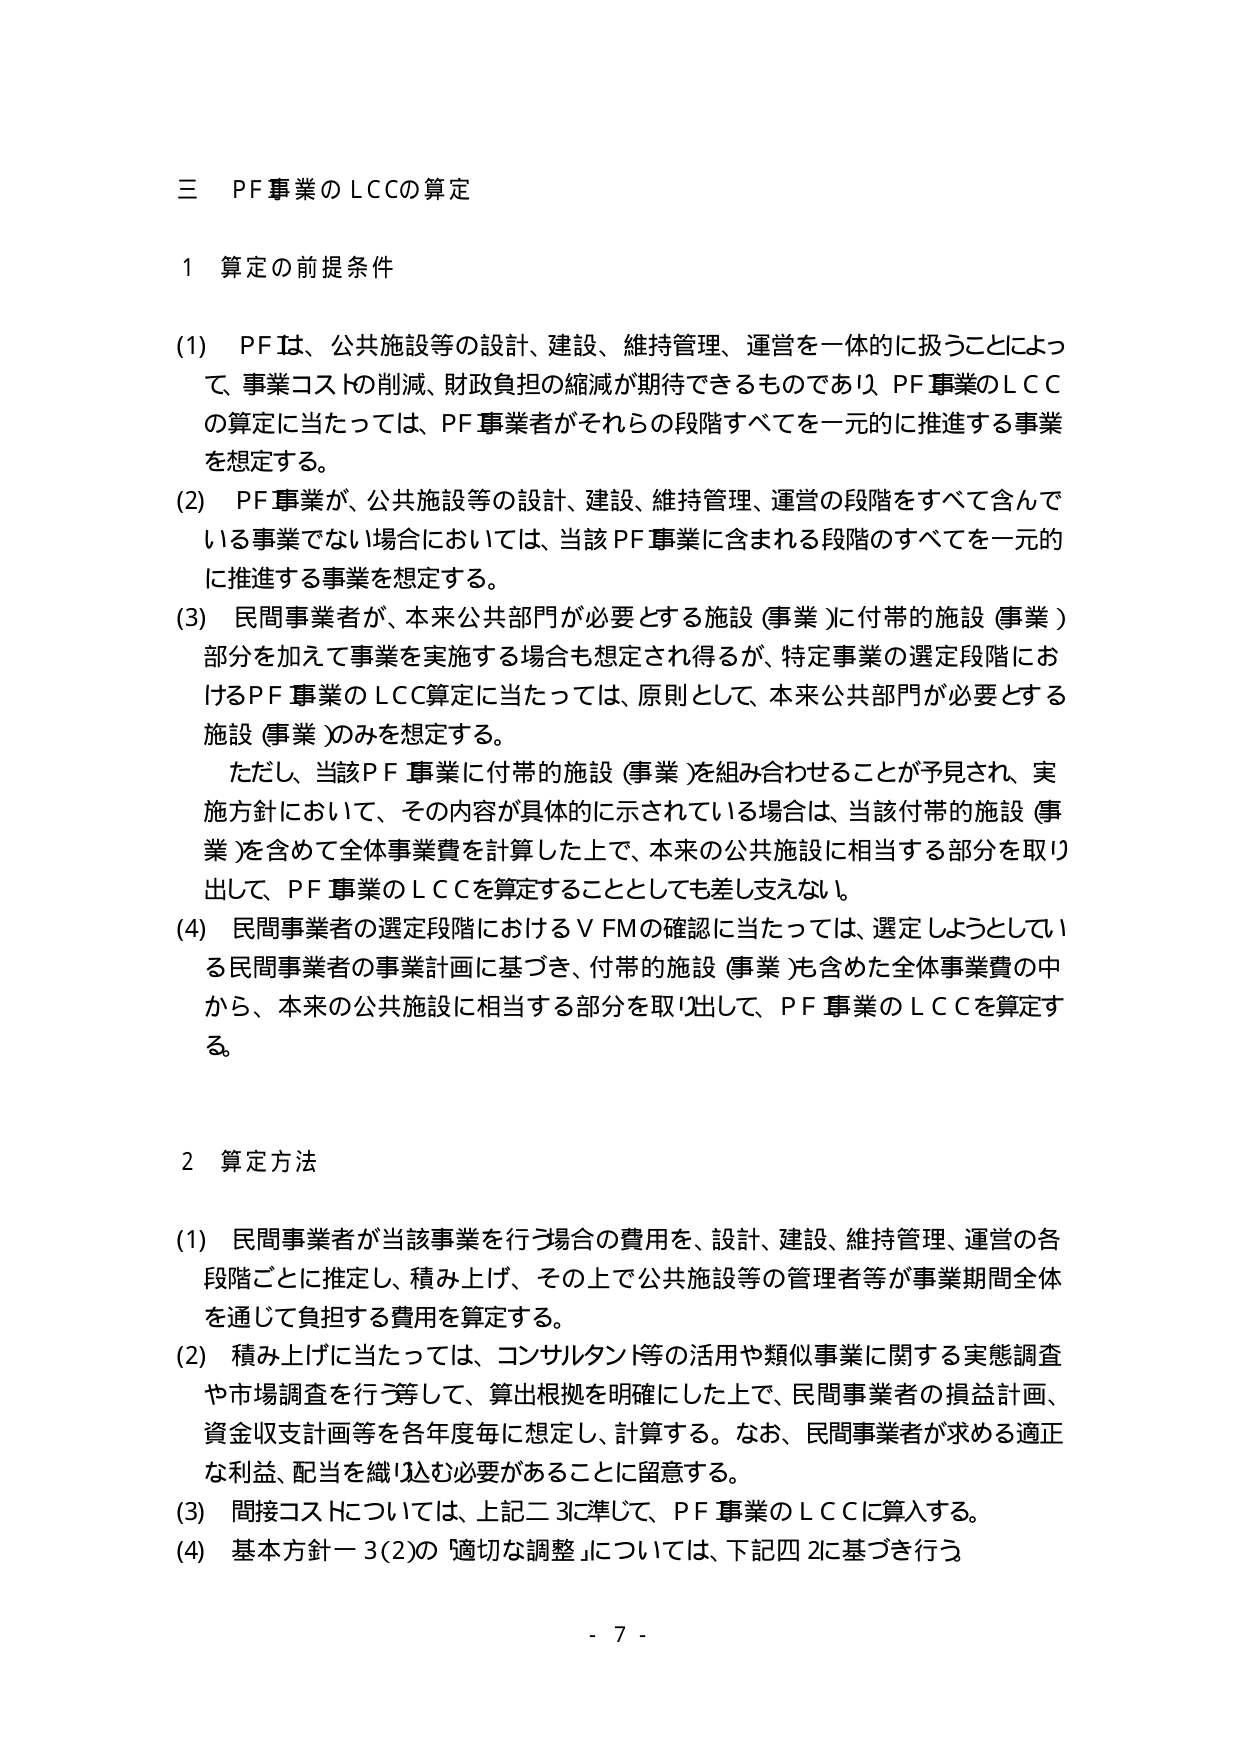
三 PF事業のLCCの算定

1 算定の前提条件

(1) PFは、公共施設等の設計、建設、維持管理、運営を一体的に扱うことによって、事業コストの削減、財政負担の縮減が期待できるものであり、PF事業のLCCの算定に当たっては、PF事業者がそれらの段階すべてを一元的に推進する事業を想定する。

(2) PF事業が、公共施設等の設計、建設、維持管理、運営の段階をすべて含んでいる事業でない場合においては、当該PF事業に含まれる段階のすべてを一元的に推進する事業を想定する。

(3) 民間事業者が、本来公共部門が必要とする施設（事業）に付帯的施設（事業）部分を加えて事業を実施する場合も想定され得るが、特定事業の選定段階におけるPF事業のLCC算定に当たっては、原則として、本来公共部門が必要とする施設（事業）のみを想定する。

ただし、当該PF事業に付帯的施設（事業）を組み合わせることが予見され、実施方針において、その内容が具体的に示されている場合は、当該付帯的施設（事業）を含めて全体事業費を計算した上で、本来の公共施設に相当する部分を取り出して、PF事業のLCCを算定することとしても差し支えない。

(4) 民間事業者の選定段階におけるVFMの確認に当たっては、選定しようとしている民間事業者の事業計画に基づき、付帯的施設（事業）も含めた全体事業費の中から、本来の公共施設に相当する部分を取り出して、PF事業のLCCを算定する。

2 算定方法

(1) 民間事業者が当該事業を行う場合の費用を、設計、建設、維持管理、運営の各段階ごとに推定し、積み上げ、その上で公共施設等の管理者等が事業期間全体を通じて負担する費用を算定する。

(2) 積み上げに当たっては、コンサルタント等の活用や類似事業に関する実態調査や市場調査を行う等して、算出根拠を明確にした上で、民間事業者の損益計画、資金収支計画等を各年度毎に想定し、計算する。なお、民間事業者が求める適正な利益、配当を織り込む必要があることに留意する。

(3) 間接コストについては、上記二3に準じて、PF事業のLCCに算入する。

(4) 基本方針－3(2)の「適切な調整」については、下記四2に基づき行う。

- 7 -